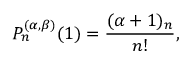
P _ { n } ^ { ( \alpha , \beta ) } ( 1 ) = \frac { ( \alpha + 1 ) _ { n } } { n ! } ,